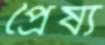
প্রৈষ্য